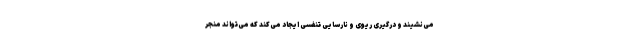
می‌نشیند و درگیری ریوی و نارسایی تنفسی ایجاد می‌کند که می‌تواند منجر